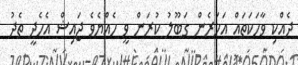
ދެއްކި ވާހަކަތައް އަހަރެން ގަބޫލު ކުރަން ވީ ހެއްޔެވެ ޖައިޝް އެހެދީ ތެދު